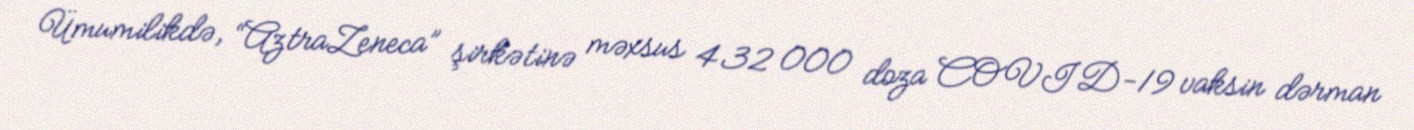
Ümumilikdə, “AztraZeneca” şirkətinə məxsus 432 000 doza COVID-19 vaksin dərman